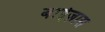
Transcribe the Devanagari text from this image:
बाईज़ास